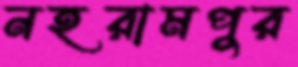
নহরামপুর